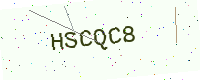
Text: HSCQC8